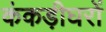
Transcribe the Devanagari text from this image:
कंकड़ीघरों